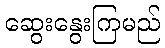
ဆွေးနွေးကြမည်